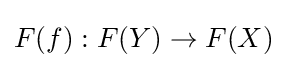
F(f):F(Y)\to F(X)